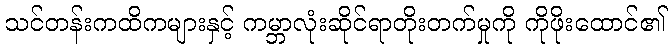
သင်တန်းကထိကများနှင့် ကမ္ဘာလုံးဆိုင်ရာတိုးတက်မှုကို ကိုဖိုးထောင်၏